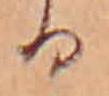
る